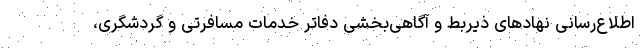
اطلاع‌رسانی نهادهای ذیربط و آگاهی‌بخشی دفاتر خدمات مسافرتی و گردشگری،